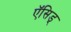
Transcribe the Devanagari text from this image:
ऍसिड्